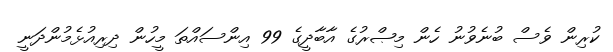
ކުރިން ވެސް ބުނެވުނު ހެން މިޞްރުގެ އާބާދީގެ 99 އިންސައްތަ މީހުން ދިރިއުޅެމުންދަނީ